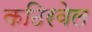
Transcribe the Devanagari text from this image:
कठिरवेल